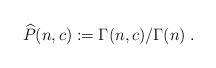
LaTeX: \begin{align*}\widehat{P}(n,c):=\Gamma(n,c)/\Gamma(n)\;.\end{align*}